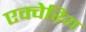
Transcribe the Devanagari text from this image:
एक्वेरिय